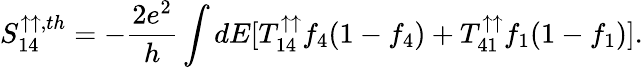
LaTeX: {S_{14}^{\uparrow\uparrow,th}}=-\frac{2e^{2}}{h}\int dE[T_{14}^{\uparrow\uparrow}f_{4}(1-f_{4})+T_{41}^{\uparrow\uparrow}f_{1}(1-f_{1})].